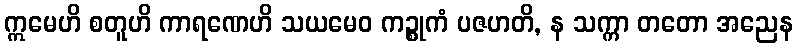
ဣမေဟိ စတူဟိ ကာရဏေဟိ သယမေဝ ကဉ္စုကံ ပဇဟတိ, န သက္ကာ တတော အညေန